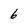
Character: 6